Report on the bubonic plague in Bombay, 1896-1897
Year: 1896
Disease focus: Plague
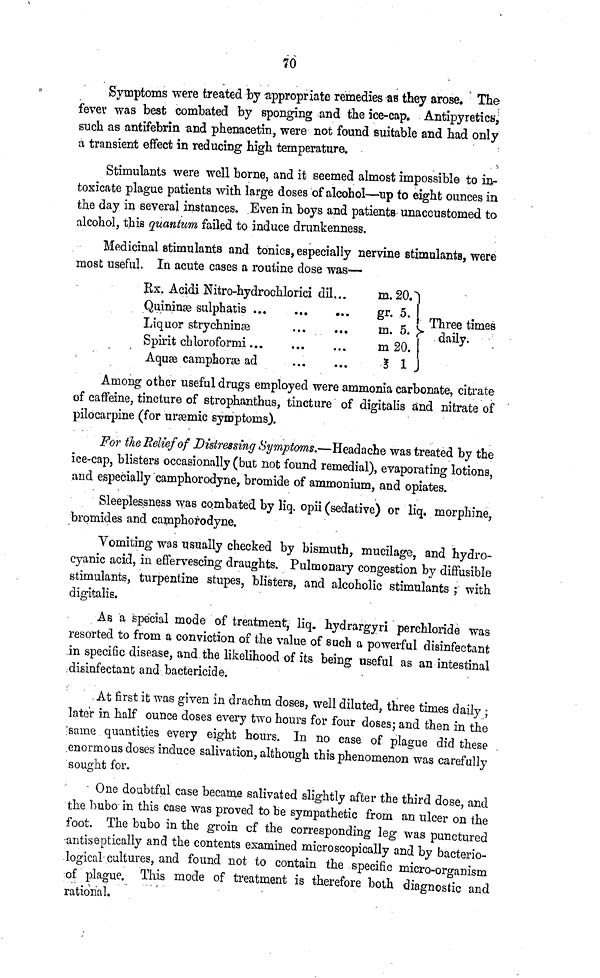
70
Symptoms were treated by appropriate remedies as they arose. The
fever was best combated by sponging and the ice-cap. Antipyretics,
such as antifebrin and phenacetin, were not found suitable and had only
a transient effect in reducing high temperature.
Stimulants were well borne, and it seemed almost impossible to in
toxicate plague patients with large doses of alcohol—up to eight ounces in
the day in several instances. Even in boys and patients unaccustomed to
alcohol, this quantum failed to induce drunkenness.
Medicinal stimulants and tonics, especially nervine stimulants, were
most useful. In acute cases a routine dose was—
Rx. Acidi Nitro-hydrochlorici dil...
Quininæ sulphatis ...
Liquor strychninæ
Spirit chloroformi ...
Aquæ camphoræ ad
...
...
...
...
m. 20.
gr. 5.
m. 5.
m 20.
\ill\ 1
Three times
daily.
Among other useful drugs employed were ammonia carbonate, citrate
of caffeine, tincture of strophanthus, tincture of digitalis and nitrate of
pilocarpine (for uræmic symptoms).
For theRelief of Distressing Symptoms.—Headache was treated by the
ice-cap, blisters occasionally (but not found remedial), evaporating lotions,
and especially camphorodyne, bromide of ammonium, and opiates.
Sleeplessness was combated by liq. opii (sedative) or liq. morphine,
bromides and camphorodyne.
Vomiting was usually checked by bismuth, mucilage, and hydro-
cyanic acid, in effervescing draughts. Pulmonary congestion by diffusible
stimulants, turpentine stupes, blisters, and alcoholic stimulants ; with
digitalis.
As a special mode of treatment, liq. hydrargyri perchloride was
resorted to from a conviction of the value of such a powerful disinfectant
in specific disease, and the likelihood of its being useful as an intestinal
disinfectant and bactericide.
At first it was given in drachm doses, well diluted, three times daily ;
later in half ounce doses every two hours for four doses; and then in the
same quantities every eight hours. In no case of plague did these
enormous doses induce salivation, although this phenomenon was carefully
sought for.
One doubtful case became salivated slightly after the third dose, and
the bubo in this case was proved to be sympathetic from an ulcer on the
foot. The bubo in the groin cf the corresponding leg was punctured
antiseptically and the contents examined microscopically and by bacterio-
looical cultures, and found not to contain the specific micro-organism
of plague. This mode of treatment is therefore both diagnostic and
rational.